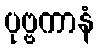
ပုဗ္ဗကာနံ